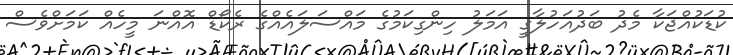
ކުޑަކުއްޖަކާ މެދު ބަދުއަހުލާގީ އަމަލު ހިންގިކަމުގެ މައްސަލައެއްގެ ރެކޯޑް އޮއްނަ މީހެއް ކަމަށްވެސް